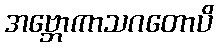
အဗ္ဘောကာသဂတောပိ